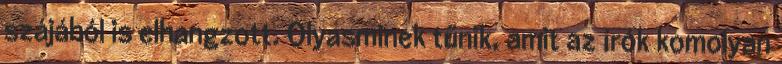
szájából is elhangzott. Olyasminek tűnik, amit az írók komolyan